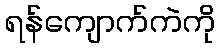
ရန်ကျောက်ကဲကို